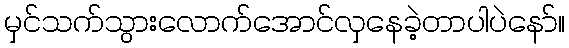
မှင်သက်သွားလောက်အောင်လှနေခဲ့တာပါပဲနော်။